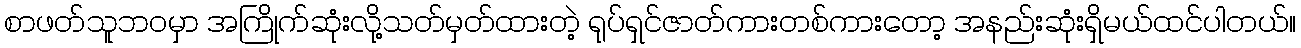
စာဖတ်သူဘဝမှာ အကြိုက်ဆုံးလို့သတ်မှတ်ထားတဲ့ ရုပ်ရှင်ဇာတ်ကားတစ်ကားတော့ အနည်းဆုံးရှိမယ်ထင်ပါတယ်။